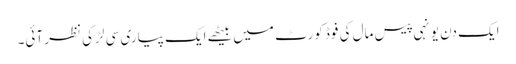
ایک دن یونہی پیس مال کی فوڈ کورٹ میں بیٹھے ایک پیاری سی لڑکی نظر آئی۔